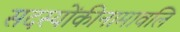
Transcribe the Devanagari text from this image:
सदस्योंकीनामावलि